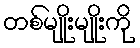
တစ်မျိုးမျိုးကို